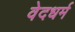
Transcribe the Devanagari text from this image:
वेदधर्म